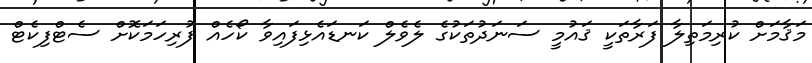
މަޤާމަށް ކުރިމަތިލާ ފަރާތަކީ ޤައުމީ ސަނަދުތަކުގެ ލެވެލް ކަނޑައެޅިފައިވާ ކޯހެއް ފުރިހަމަކޮށް ސެޓްފިކެޓް